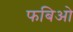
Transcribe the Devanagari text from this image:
फबिओ